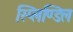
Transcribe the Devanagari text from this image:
स्प्लिण्डिल